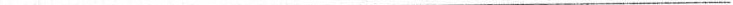
___